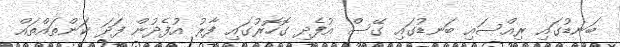
ބަނޑުގައި ރިއްސައި ބަނޑުގައި ގޭސް އުފެދި ގޮހޮރުގައި ފާރު އުފެދުން ފަދަ ކަންތައްތައް